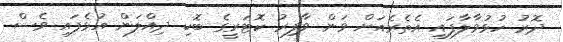
ދޮރު ހުޅުވާލާފައި އެތެރެއަށް ވަން ވާފިރު ކޮޓަރީގެ ބޮކި ދިއްލަން އުޅެފައި ވެސް